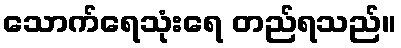
သောက်ရေသုံးရေ တည်ရသည်။